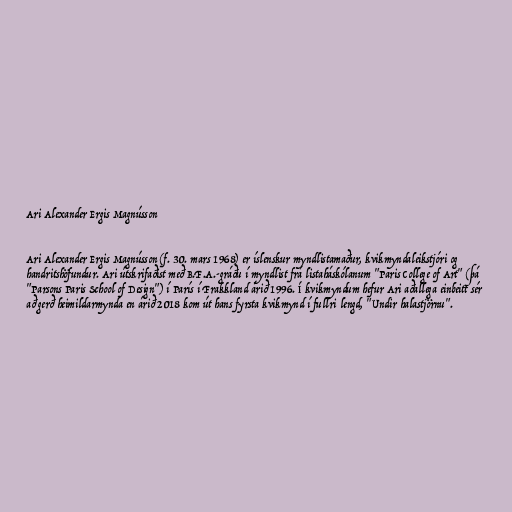
Ari Alexander Ergis Magnússon

Ari Alexander Ergis Magnússon (f. 30. mars 1968) er íslenskur myndlistamaður, kvikmyndaleikstjóri og
handritshöfundur. Ari útskrifaðist með B.F.A.-gráðu í myndlist frá listaháskólanum "Paris College of Art" (þá
"Parsons Paris School of Design") í París í Frakkland árið 1996. Í kvikmyndum hefur Ari aðallega einbeitt sér
að gerð heimildarmynda en árið 2018 kom út hans fyrsta kvikmynd í fullri lengd, "Undir halastjörnu".